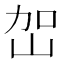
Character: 𭖔